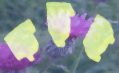
কড়ই